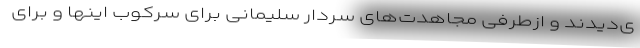
ی‌دیدند و ازطرفی مجاهدت‌های سردار سلیمانی برای سرکوب اینها و برای